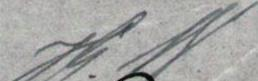
Hj. W.